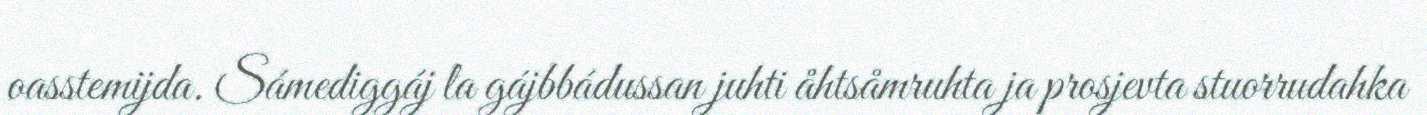
oasstemijda. Sámediggáj la gájbbádussan juhti åhtsåmruhta ja prosjevta stuorrudahka